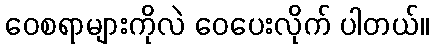
ဝေစရာများကိုလဲ ဝေပေးလိုက် ပါတယ်။